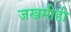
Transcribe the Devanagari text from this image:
जखमीही